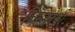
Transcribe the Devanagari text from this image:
चिंजिरेड्डी